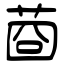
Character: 莔